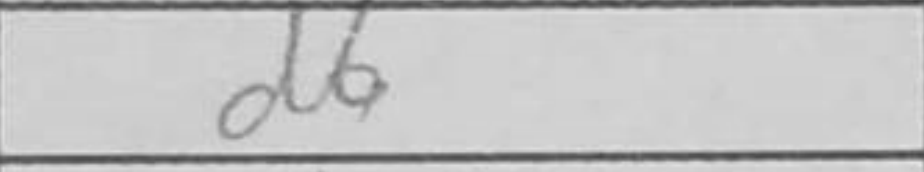
Transcription: d6